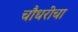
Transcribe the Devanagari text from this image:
चौधरींचा